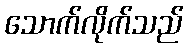
သောက်လိုက်သည်